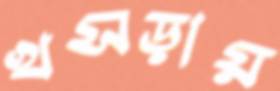
খসড়ায়